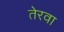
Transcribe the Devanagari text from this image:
तेरवा